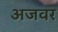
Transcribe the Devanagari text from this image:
अजवर